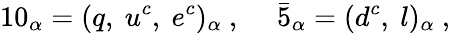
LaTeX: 10_{\alpha}=(q,~u^{c},~e^{c})_{\alpha}~,~~~~~\bar{5}_{\alpha}=(d^{c},~l)_{\alpha}~,